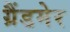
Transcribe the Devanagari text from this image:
ग्रैंडमेर